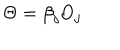
LaTeX: \Theta = \beta _ { j } \mathrm { O } _ { j }